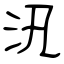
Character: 汛